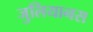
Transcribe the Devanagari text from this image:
जुलियानस